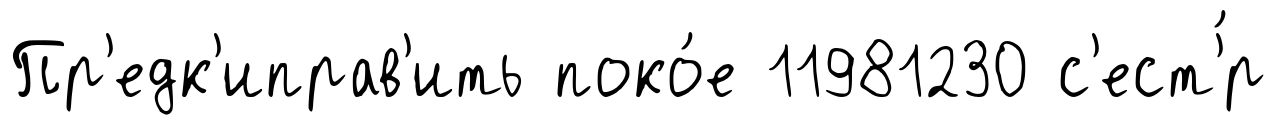
Пр'едк'иправ'ить поко́е 11981230 с'ест'́р